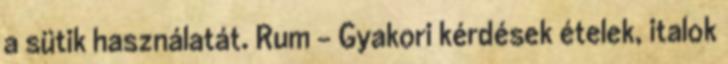
a sütik használatát. Rum - Gyakori kérdések ételek, italok